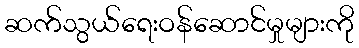
ဆက်သွယ်ရေးဝန်ဆောင်မှုများကို